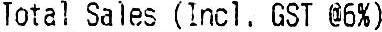
TOTAL SALES (INCL. GST @6%)